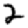
Digit: 2